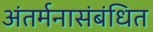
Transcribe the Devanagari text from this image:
अंतर्मनासंबंधित